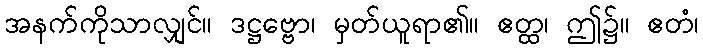
အနက်ကိုသာလျှင်။ ဒဋ္ဌဗ္ဗော၊ မှတ်ယူရာ၏။ ဧတ္ထ၊ ဤ၌။ ဧတံ၊